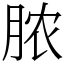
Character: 脓